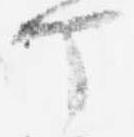
丁